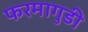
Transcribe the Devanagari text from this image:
फरमागुडी